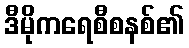
ဒီမိုကရေစီစနစ်၏